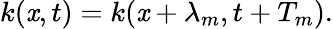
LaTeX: k(\mathit{x},t)=k(\mathit{x}+\lambda_{m},t+T_{m}).